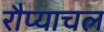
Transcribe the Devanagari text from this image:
रौप्याचल